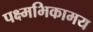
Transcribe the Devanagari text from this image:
पक्ष्मभिकामय